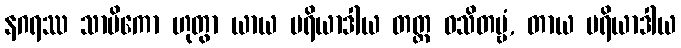
နဂရဿ သာမိကော ဟုတွာ ယာယ မရိယာဒါယ တတ္ထ ဝသိတဗ္ဗံ, တာယ မရိယာဒါယ